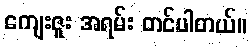
ကျေးဇူး အရမ်း တင်ပါတယ်။